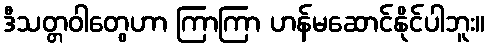
ဒီသတ္တဝါတွေဟာ ကြာကြာ ဟန်မဆောင်နိုင်ပါဘူး။